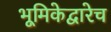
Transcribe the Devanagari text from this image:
भूमिकेद्वारेच